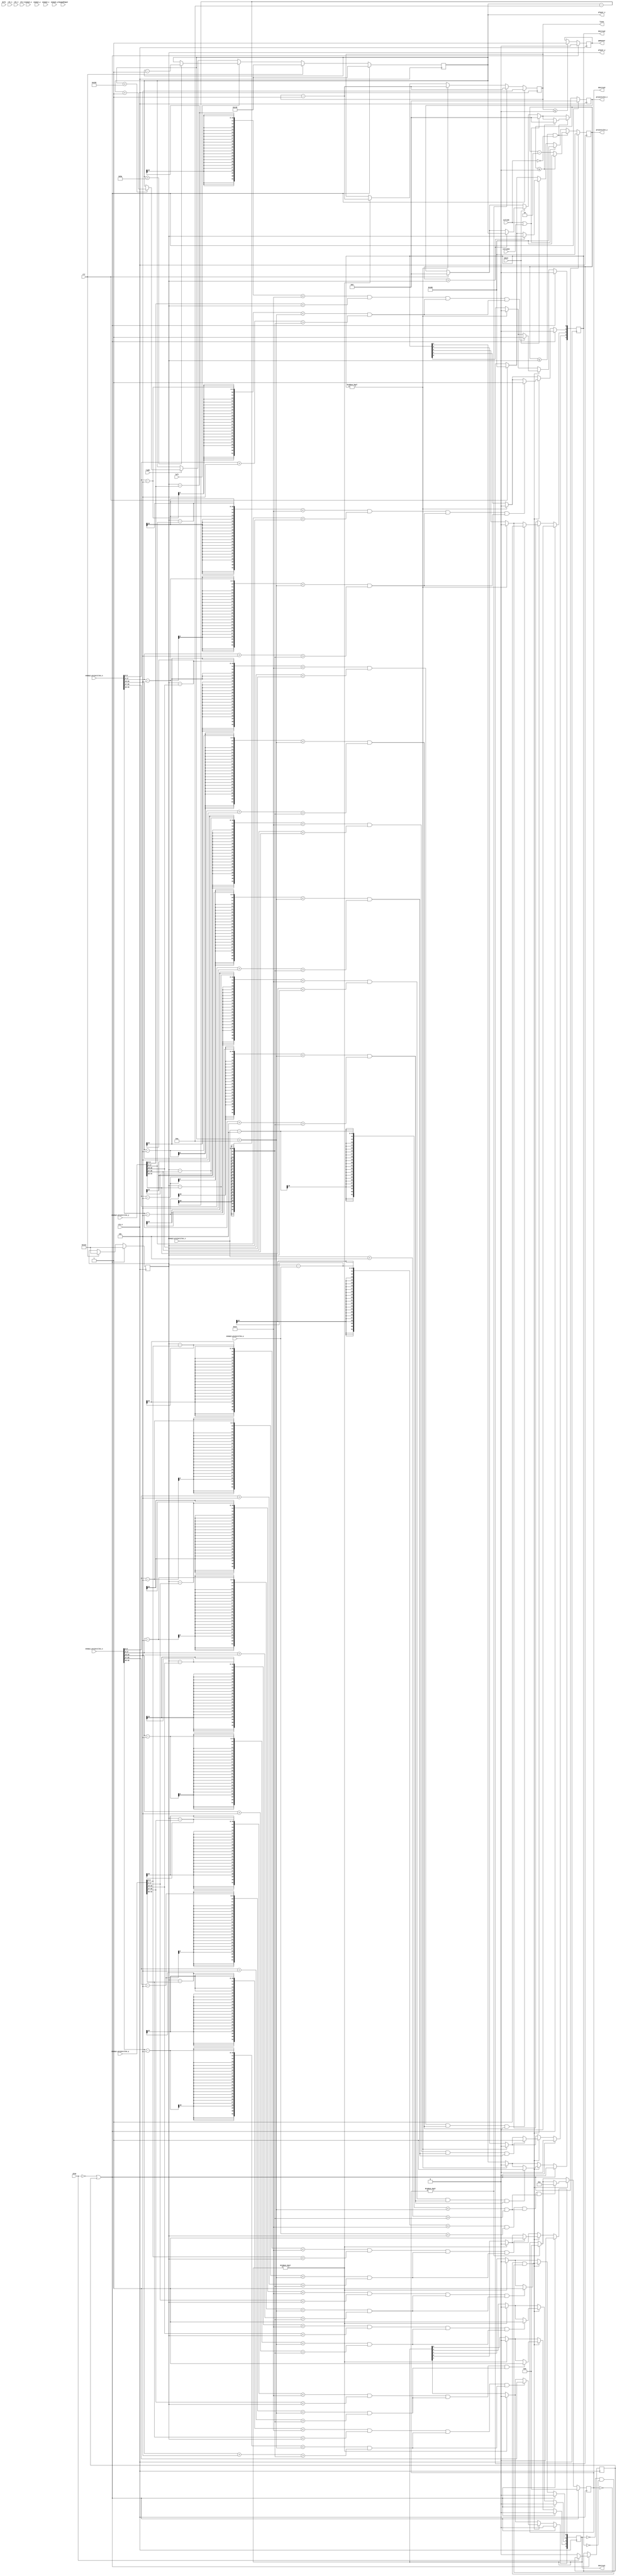
`timescale 1ns / 1ps
//////////////////////////////////////////////////////////////////////////////////
// Company: 
// Engineer: 
// 
// Design Name: 
// Module Name:    player 
// Project Name: 
// Target Devices: 
// Tool versions: 
// Description: 
//
// Dependencies: 
//
// Revision: 
// Revision 0.01 - File Created
// Additional Comments: 
//
//////////////////////////////////////////////////////////////////////////////////
module player(
	input wire dclk,
	input wire clr,
	input wire clk_1,
	input wire clk_2,
	input wire clk_3,
	input wire clk_4,
	input wire left,
	input wire right,
	input wire [3:0] KeypadInput,
	input wire shoot,
	input wire play,
	input wire collide,
	input wire collide2,
	input wire [45:0]enemy1_projectiles_x,
	input wire [44:0]enemy1_projectiles_y,
	input wire [9:0] enemy1_x,
	input wire [9:0] enemy1_y,
	input wire [45:0]enemy2_projectiles_x,
	input wire [44:0]enemy2_projectiles_y,
	input wire [9:0] enemy2_x,
	input wire [9:0] enemy2_y,
	input wire [9:0] enemy3_projectiles_x,
	input wire [9:0] enemy3_projectiles_y,
	output reg [9:0] projectiles_x,
	output reg [9:0] projectiles_y,
	output reg [4:0] destroy1,
	output reg [4:0] destroy2,
	output reg [4:0] destroy3,
	output reg [9:0] player_x,
	output reg [9:0] player_y,
	output reg gameover,
	output reg [2:0] lives
    );


reg [5:0]count = 0;
reg np = 1;
always @(posedge clk_4) 
	if(play == 0 || np) begin
		if(play==0)
			np <= 0;
		count <= 0;
		lives <= 5;
		gameover <= 0;
		player_x <= 320;
		player_y <= 420;
		destroy1 <= 0;
		destroy2 <= 0;
		destroy3 <= 0;
		//for(i=0; i< 4; i = i+1) begin
		projectiles_x <= 0;
		projectiles_y <= 470;
		//end
	end
	else begin
		if (clr) 
		begin	
			count <= 0;
			player_x <= 320;
			player_y <= 420;
			//for(i=0; i< 4; i = i+1) begin
			projectiles_x <= 0;
			projectiles_y <= 470;
			//end
		end
		//KeypadInput == 4'b0001
		else if (left)
		begin
			if(player_x > 90)
				player_x <= player_x - 1'b1;
		end
		//KeypadInput == 4'b0011
		else if (right)
		begin
			if(player_x < 550)
				player_x <= player_x + 1'b1;
		end
		//KeypadInput == 4'b1010
		if(shoot) begin
			if(projectiles_y>player_y) begin
				projectiles_x<=player_x;
				projectiles_y<=player_y;
				
			end
		end
		if(collide == 1 || collide2 == 1 ) begin
			
			projectiles_y <= 470;
			projectiles_x <= 0;
		end
		//for(i=0; i< 4; i = i+1) begin
			if(projectiles_y <= player_y && collide == 0) begin
				projectiles_y <= projectiles_y - 2;
				if(projectiles_y <= 0) begin
					projectiles_y <= 470;
					projectiles_x <= 0;
					
				end
			end
		//end
		
		//reset destroy vars back to 0
		if(destroy1 != 0) begin
			destroy1 <= 0;
			lives <= lives -1;

		end
		if(destroy2 != 0) begin
			destroy2 <= 0;
			lives <= lives -1;

		end
		if(destroy3 != 0) begin
			destroy3 <= 0;
			lives <= lives -1;

		end
			
		if(destroy1 == 0 && destroy2 == 0 && destroy3 == 0) begin

			if(((player_y -enemy1_projectiles_y[8:0]  < 20) && (enemy1_projectiles_y[8:0] < player_y)) && 
			((enemy1_projectiles_x[8:0]-5 < (player_x+10))
			&&(enemy1_projectiles_x[8:0]+5 > player_x-10)) && ((enemy1_projectiles_x[8:0]+5 > player_x-10)
			&&(enemy1_projectiles_x[8:0]-5 < player_x+10)) 
			)begin
				destroy1[0] <= 1;
				
			end
			if(((player_y -enemy1_projectiles_y[17:9] < 20) && (enemy1_projectiles_y[17:9] < player_y)) && 
			((enemy1_projectiles_x[17:9]-5 < (player_x+10))
			&&(enemy1_projectiles_x[17:9]+5 > player_x-10)) && ((enemy1_projectiles_x[17:9]+5 > player_x-10)
			&&(enemy1_projectiles_x[17:9]-5 < player_x+10)) 
			)begin
				destroy1[1] <= 1;
				
			end
			if(((player_y - enemy1_projectiles_y[26:18] < 20) && (enemy1_projectiles_y[26:18] < player_y)) && 
			((enemy1_projectiles_x[26:18]-5 < (player_x+10))
			&&(enemy1_projectiles_x[26:18]+5 > player_x-10)) && ((enemy1_projectiles_x[26:18]+5 > player_x-10)
			&&(enemy1_projectiles_x[26:18]-5 < player_x+10)) 
			)begin
				destroy1[2] <= 1;
				
			end
			if(((player_y -enemy1_projectiles_y[35:27] < 20) && (enemy1_projectiles_y[35:27] < player_y)) && 
			((enemy1_projectiles_x[35:27]-5 < (player_x+10))
			&&(enemy1_projectiles_x[35:27]+5 > player_x-10)) && ((enemy1_projectiles_x[35:27]+5 > player_x-10)
			&&(enemy1_projectiles_x[35:27]-5 < player_x+10)) 
			)begin
				destroy1[3] <= 1;
				
			end
			if(((player_y -enemy1_projectiles_y[44:36] < 20) && (enemy1_projectiles_y[44:36] < player_y)) && 
			((enemy1_projectiles_x[45:36]-5 < (player_x+10))
			&&(enemy1_projectiles_x[45:36]+5 > player_x-10)) && ((enemy1_projectiles_x[45:36]+5 > player_x-10)
			&&(enemy1_projectiles_x[45:36]-5 < player_x+10)) 
			)begin
				destroy1[4] <= 1;
				
			end
			//checking collision with enemy2 projectiles
			if(((player_y -enemy2_projectiles_y[8:0]  < 20) && (enemy2_projectiles_y[8:0] < player_y)) && 
			((enemy2_projectiles_x[8:0]-5 < (player_x+10))
			&&(enemy2_projectiles_x[8:0]+5 > player_x-10)) && ((enemy2_projectiles_x[8:0]+5 > player_x-10)
			&&(enemy2_projectiles_x[8:0]-5 < player_x+10)) 
			)begin
				destroy2[0] <= 1;
				
			end
			if(((player_y -enemy2_projectiles_y[17:9] < 20) && (enemy2_projectiles_y[17:9] < player_y)) && 
			((enemy2_projectiles_x[17:9]-5 < (player_x+10))
			&&(enemy2_projectiles_x[17:9]+5 > player_x-10)) && ((enemy2_projectiles_x[17:9]+5 > player_x-10)
			&&(enemy2_projectiles_x[17:9]-5 < player_x+10)) 
			)begin
				destroy2[1] <= 1;
				
			end
			if(((player_y - enemy2_projectiles_y[26:18] < 20) && (enemy2_projectiles_y[26:18] < player_y)) && 
			((enemy2_projectiles_x[26:18]-5 < (player_x+10))
			&&(enemy2_projectiles_x[26:18]+5 > player_x-10)) && ((enemy2_projectiles_x[26:18]+5 > player_x-10)
			&&(enemy2_projectiles_x[26:18]-5 < player_x+10)) 
			)begin
				destroy2[2] <= 1;
				
			end
			if(((player_y -enemy2_projectiles_y[35:27] < 20) && (enemy2_projectiles_y[35:27] < player_y)) && 
			((enemy2_projectiles_x[35:27]-5 < (player_x+10))
			&&(enemy2_projectiles_x[35:27]+5 > player_x-10)) && ((enemy2_projectiles_x[35:27]+5 > player_x-10)
			&&(enemy2_projectiles_x[35:27]-5 < player_x+10)) 
			)begin
				destroy2[3] <= 1;
				
			end
			if(((player_y -enemy2_projectiles_y[44:36] < 20) && (enemy2_projectiles_y[44:36] < player_y)) && 
			((enemy2_projectiles_x[45:36]-5 < (player_x+10))
			&&(enemy2_projectiles_x[45:36]+5 > player_x-10)) && ((enemy2_projectiles_x[45:36]+5 > player_x-10)
			&&(enemy2_projectiles_x[45:36]-5 < player_x+10)) 
			)begin
				destroy2[4] <= 1;
				
			end
			
			if(((player_y -enemy3_projectiles_y < 20) && (enemy3_projectiles_y < player_y)) && 
			((enemy3_projectiles_x-5 < (player_x+10))
			&&(enemy3_projectiles_x+5 > player_x-10)) && ((enemy3_projectiles_x+5 > player_x-10)
			&&(enemy3_projectiles_x-5 < player_x+10)) 
			)begin
				destroy3 <= 1;
			end

		end
		
		if(lives <= 0) begin
			gameover <= 1;
		end
        
		
end

endmodule